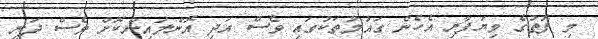
މި ފޮތުގެ ވިޔަފާރި އެހެން ގައުމުތަކުގައި ވެސް އަދި އޮންލައިންކޮށް ވެސް ދަނީ